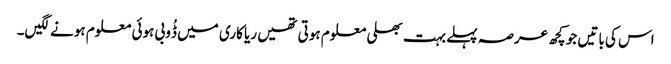
اس کی باتیں جو کچھ عرصہ پہلے بہت بھلی معلوم ہوتی تھیں ریا کاری میں ڈُوبی ہوئی معلوم ہونے لگیں۔